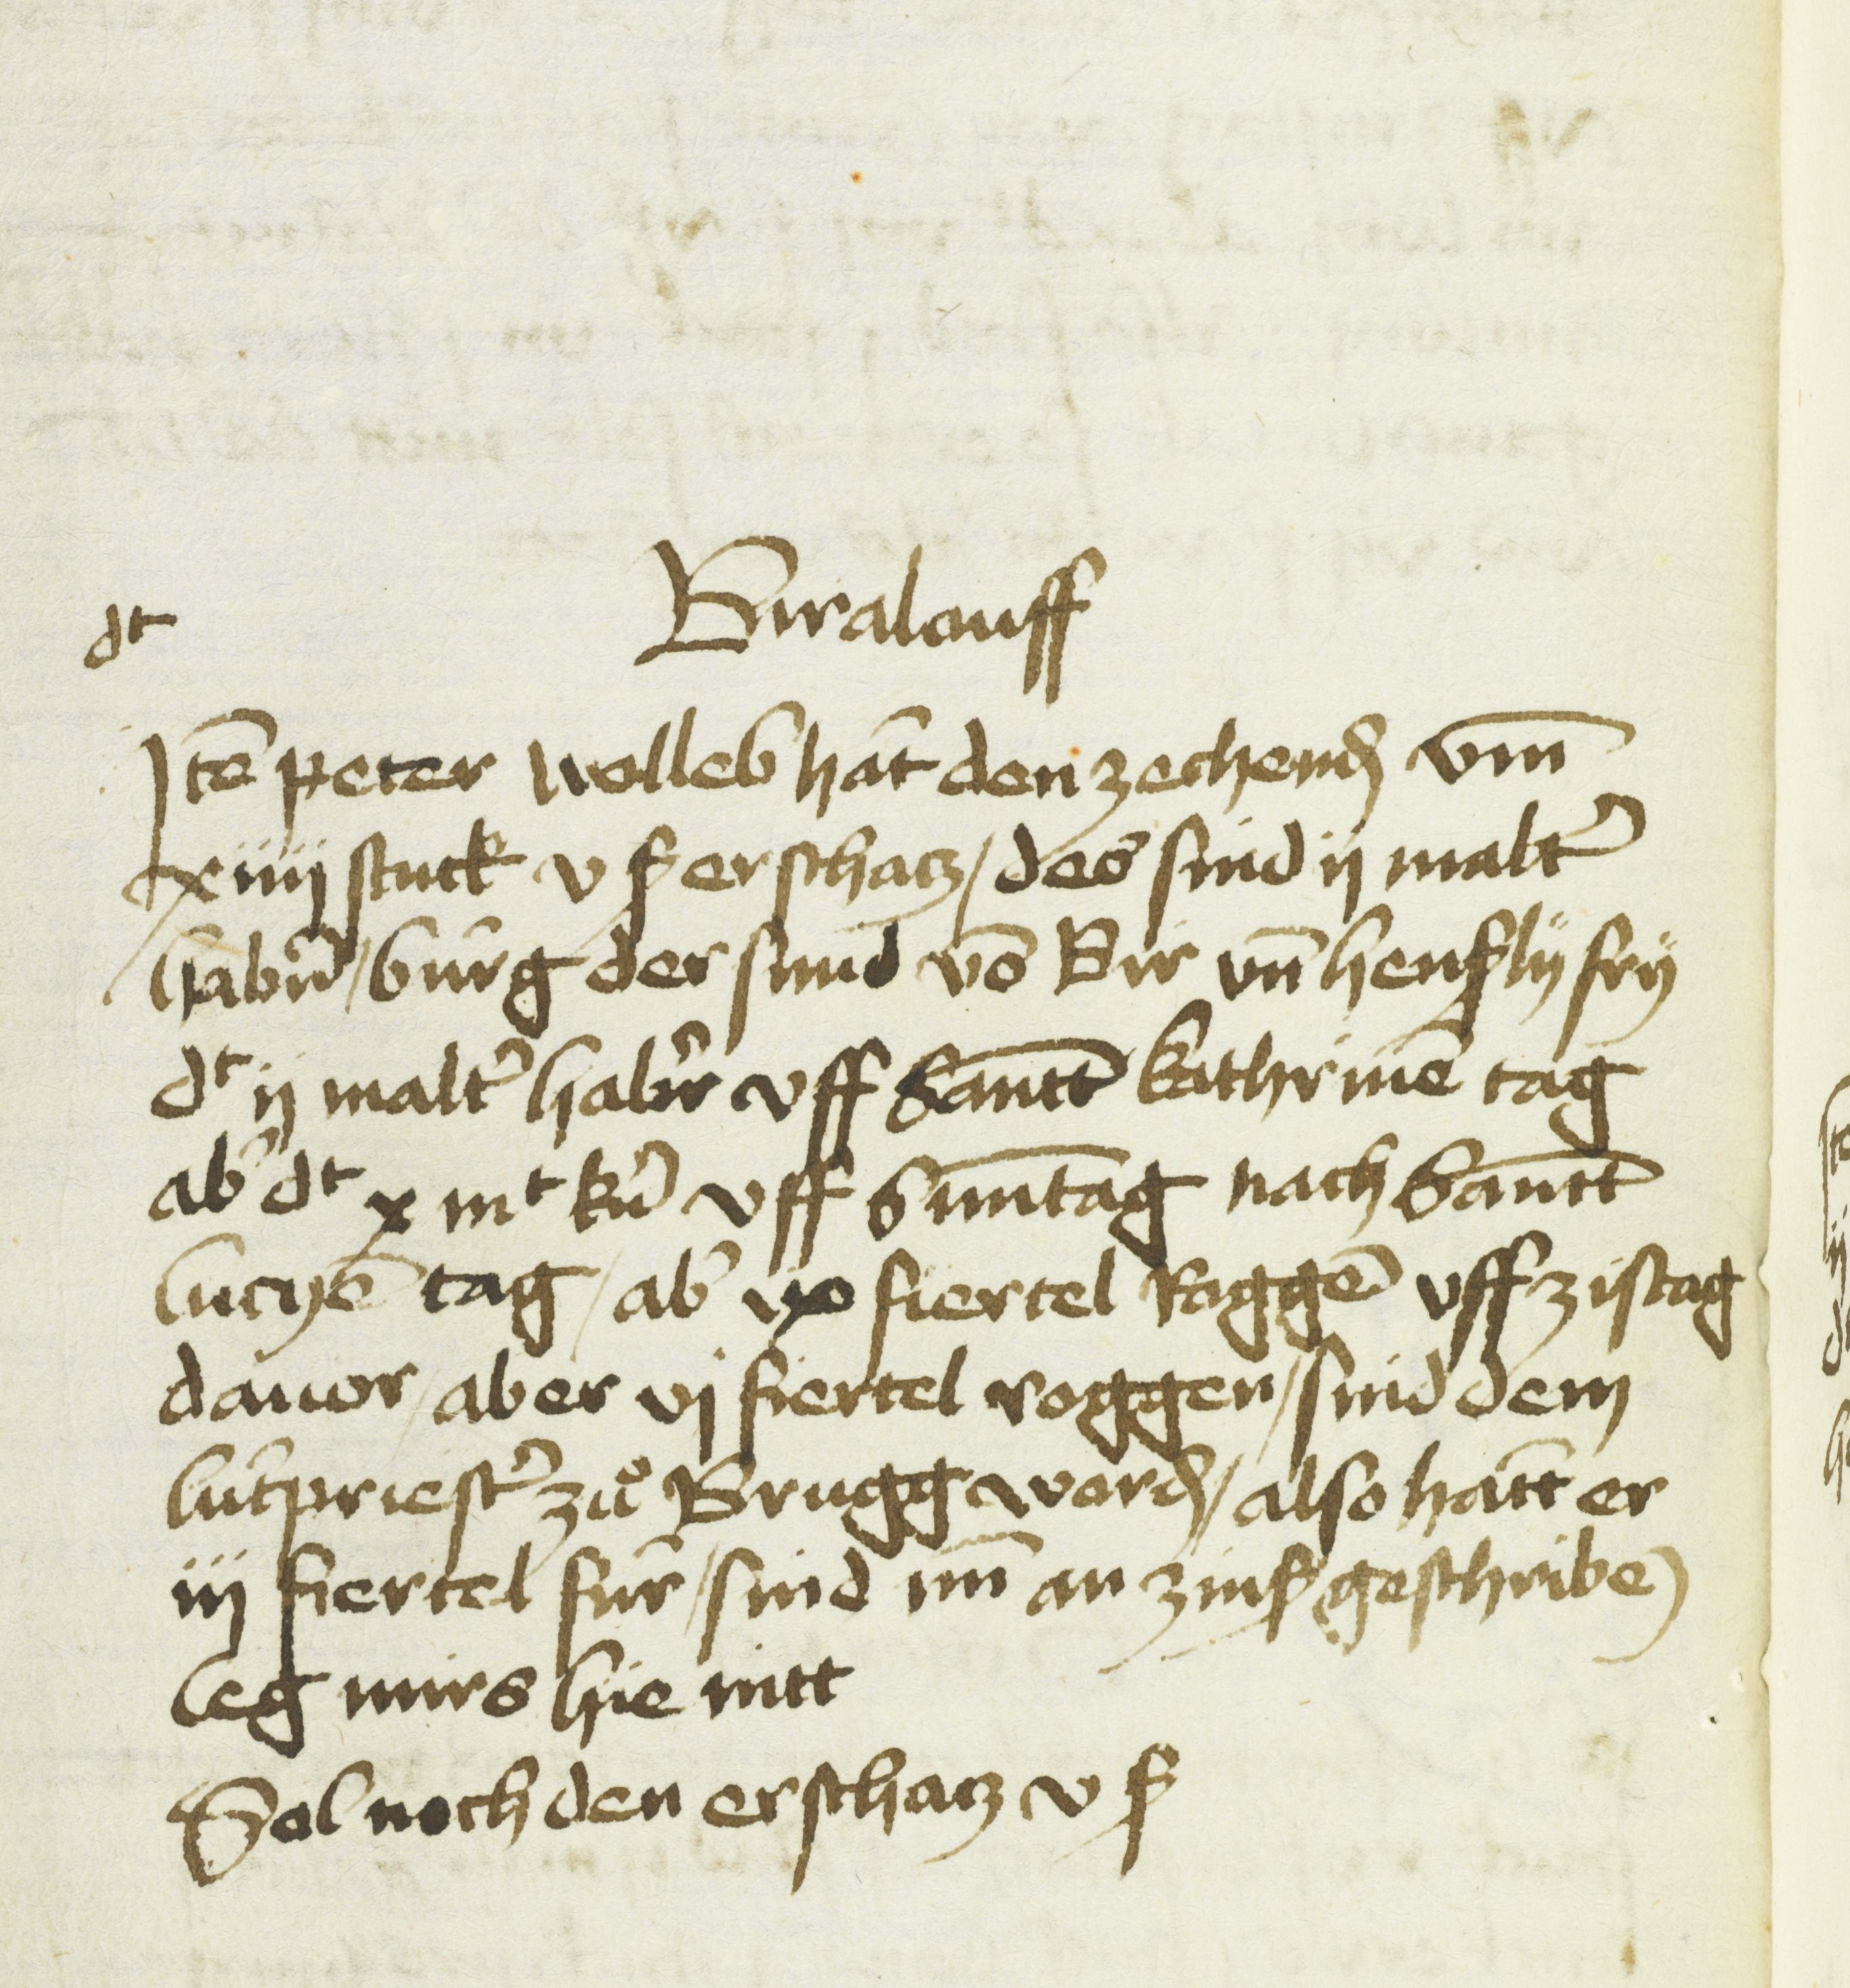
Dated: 1451–1457